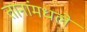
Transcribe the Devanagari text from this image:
तानांमधले